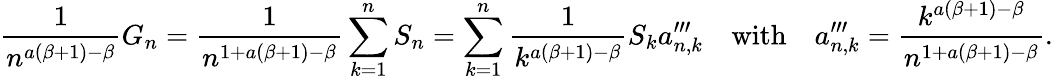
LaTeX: \frac{1}{n^{a(\beta+1)-\beta}}G_{n}=\frac{1}{n^{1+a(\beta+1)-\beta}}\sum_{k=1}^{n}S_{n}=\sum_{k=1}^{n}\frac{1}{k^{a(\beta+1)-\beta}}S_{k}a_{n,k}^{\prime\prime\prime}\quad\mathrm{with}\quad a_{n,k}^{\prime\prime\prime}=\frac{k^{a(\beta+1)-\beta}}{n^{1+a(\beta+1)-\beta}}.